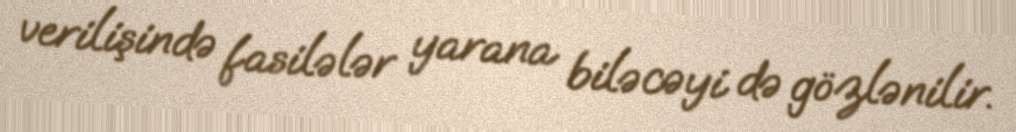
verilişində fasilələr yarana biləcəyi də gözlənilir.